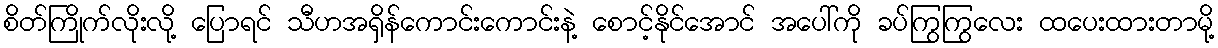
စိတ်ကြိုက်လိုးလို့ ပြောရင် သီဟအရှိန်ကောင်းကောင်းနဲ့ စောင့်နိုင်အောင် အပေါ်ကို ခပ်ကြွကြွလေး ထပေးထားတာမို့